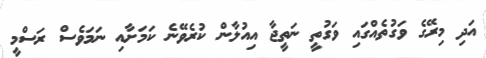
އަދި މިރޭގެ ވަގުތެއްގައި ވަގުތީ ނަތީޖާ އިއުލާން ކުރެވޭނެ ކަމަށާއި ނަމަވެސް ރަސްމީ